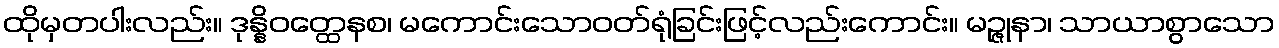
ထိုမှတပါးလည်း။ ဒုန္နိဝတ္ထေနစ၊ မကောင်းသောဝတ်ရုံခြင်းဖြင့်လည်းကောင်း။ မဉ္ဇုနာ၊ သာယာစွာသော